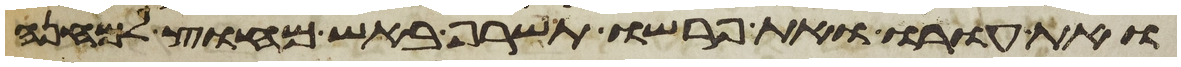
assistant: ואת עורו ואת פרשו תשרף באש מחוץ למחנה